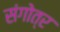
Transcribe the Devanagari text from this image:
संगोत्र